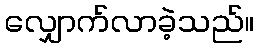
လျှောက်လာခဲ့သည်။